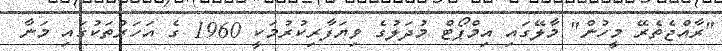
"ރާއްޖެތެރޭ މީހުން" މާލޭގައި އިމްޕޯޓް މުދަލުގެ ވިޔަފާރިކުރުމަކީ 1960 ގެ އަހަރުތަކުގައި މަނާ